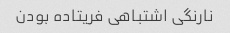
نارنگی اشتباهی فریتاده بودن